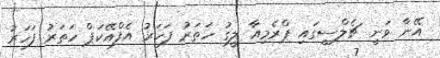
އޭނާ ވަނީ ޗެލްސީގައި ޕްރެމިއާ ލީގު ހަތަރު ފަހަރު އެފްއޭކަޕް ހަތަރު ފަހަރު